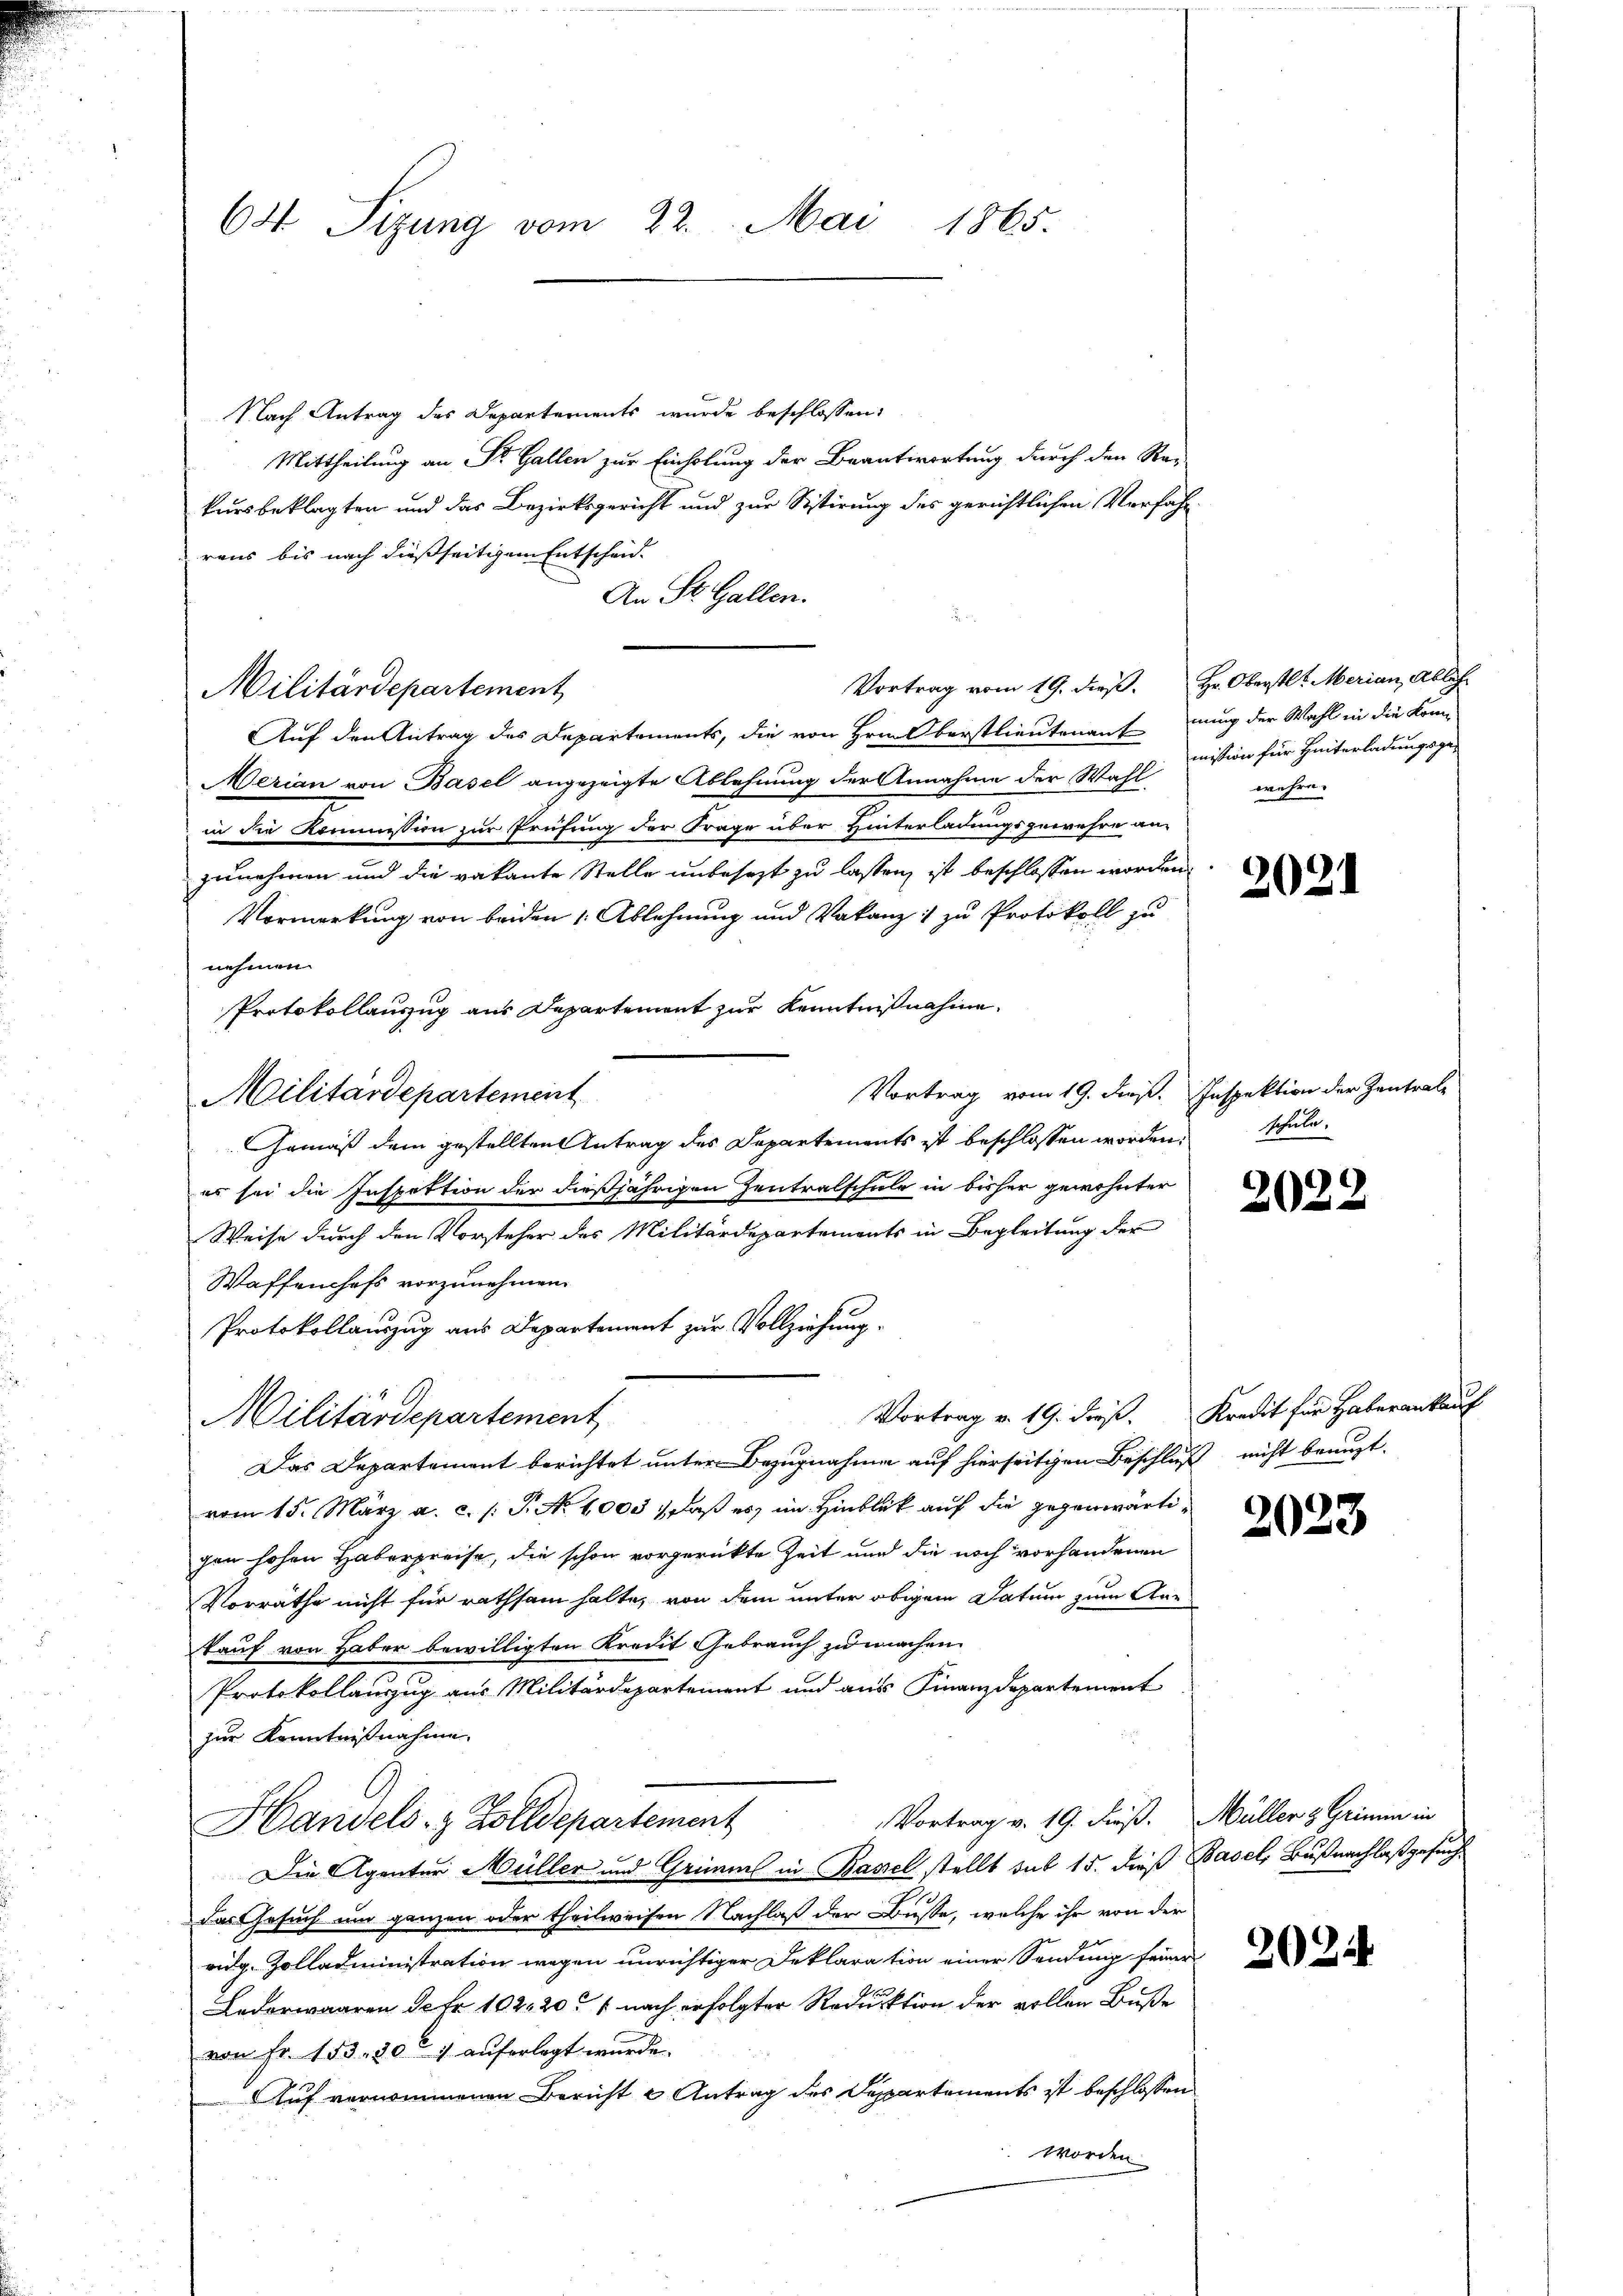
64 Sizung vom 22. Mai 1865.

Nach Antrag des Departements wurde beschlossen:
Mittheilung an Dr. Gallen zur Einholung der Beantwortung durch den Rei-
kursbeklagten und das Bezirksgericht und zur Sistirung des gerichtlichen Verfahrraus bis nach dießseitigem Entscheid.
An St. Gallen.
Auf den Antrag des Departements, die von Hrn berstlieutenaufnung der Wahl in die könn
Merian von Basel angezeigte Ablehnung der Annahme der Wahl
in die Kommission zur Prüfung der Frage über Hinterladungsgewehre an
zunehmen und die vakante Stelle unbesezt zu lassen, ist beschlossen worden.
Vormerkung von beiden 1. Ablehnung und Vakanz zu Protokoll zu
nehmen.
Protokollauszug aus Departement zur Kenntnißnahme,
Vortrag vom 19. dieß. Inspektion der Zentral-
Militärdepartement
Gemäß dem gestellten Antrag des Departements ist beschlossen worden schule.
es sei die Inspektion der dießjährigen Zentralschule in bisher gewohnter
Weise durch den Vorsteher des Militärdepartements in Begleitung der
Waffenchefs vorzunehmen.
Protokollauszug aus Departement zur Vollziehung.
Vortrag v. 19. dieß. Kredit für Haber ankauf
Militärdepartement
Das Departement berichtet unter Bezugnahme auf hierseitigen Beschluß nicht benuzt.
vom 15. März a. c. /: P. No 1003 : daß es im Hinblick auf die gegenwärtigen hohen Haberpreise, die schon vorgerückte Zeit und die noch vorhandenen
Vorräthe nicht für rathsam halte, von dem unter obigem Datum zum Aar-
kauf von Haber bewilligten Kredit Gebrauch zu machen.
Protokollauszug aus Militärdepartement und aus Finanzdepartement
zur Kenntnißnahme.
Vortrag v. 19. dieß. Müller & Grimm in
Handels- & Zolldepartement
Die Agenter Müller und Grimms in Bassel stellt sub 15. dieß Basel, Bußnachlaß gesucht
das Gesuch um ganzen oder theilweisen Nachlaß der Busse, welche ihr von der
ridg-Zolladministration wegen unrichtiger Deklaration einer Sendung seiner
Lederwaaren de fr. 102. 201 nach erfolgter Reduktion der vollen Buße
von Fr. 153. 30t 7 auferlegt wurde.
Auf vernommenen Bericht u Antrag des Departements ist beschlossen
worden.

Militärdepartement

Vortrag vom 19. dieß. Hr. Oberstl. Merian Ableh

mission für Hinterladungsgewehre.

2021

2022

2023

2024